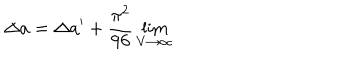
LaTeX: \Delta a = \Delta a ^ { \prime } + { \frac { \pi ^ { 2 } } { 9 6 } \lim _ { V \rightarrow \infty } }